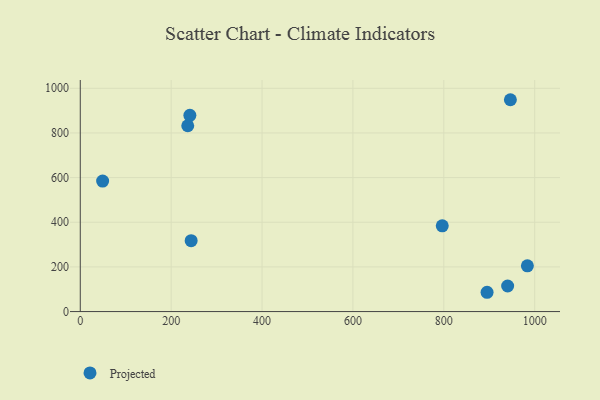
{"axis": {"x": "Distance", "y": "Rating"}, "legend": ["Projected"], "data": [{"x": "244.0", "y": 317.4, "type": "Projected"}, {"x": "241.2", "y": 879.0, "type": "Projected"}, {"x": "895.2", "y": 86.4, "type": "Projected"}, {"x": "983.9", "y": 204.9, "type": "Projected"}, {"x": "796.6", "y": 384.1, "type": "Projected"}, {"x": "946.5", "y": 948.7, "type": "Projected"}, {"x": "236.5", "y": 832.1, "type": "Projected"}, {"x": "940.5", "y": 114.6, "type": "Projected"}, {"x": "49.2", "y": 584.6, "type": "Projected"}]}